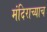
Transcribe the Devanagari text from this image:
मंदिराच्याच